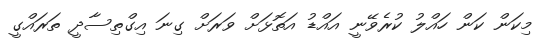
މިކަން ކަން ހައްލު ކުރެވޭނީ އައްޑު އަތޮޅަށް ވަރަށް ގިނަ އިގްތިސާދީ ތަރައްގީ